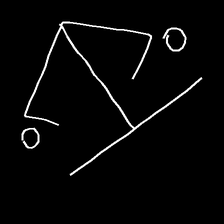
Glyph: earth